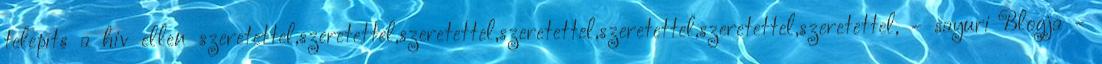
telepíts a hiv ellen szeretettel,szeretettel,szeretettel,szeretettel,szeretettel,szeretettel,szeretettel, - sayuri Blogja -